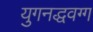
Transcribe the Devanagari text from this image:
युगनद्धवग्ग